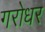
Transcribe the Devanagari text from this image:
गरोधर